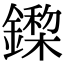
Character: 𨬏